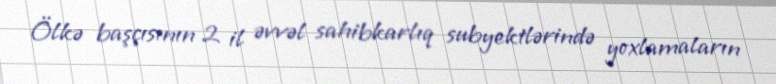
Ölkə başçısının 2 il əvvəl sahibkarlıq subyektlərində yoxlamaların